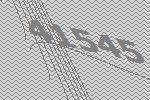
41545